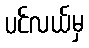
ပင်လယ်မှ